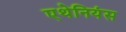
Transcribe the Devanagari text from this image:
एथेनियंस